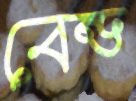
বেন্ড